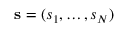
\mathbf { s } = ( s _ { 1 } , \dots , s _ { N } )